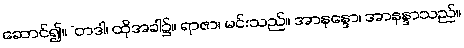
ဆောင်၍။ “တဒါ၊ ထိုအခါ၌။ ရာဇာ၊ မင်းသည်။ အာနန္ဒော၊ အာနန္ဒာသည်။